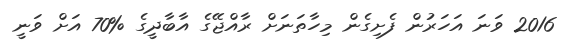
2016 ވަނަ އަހަރުން ފެށިގެން މިހާތަނަށް ރާއްޖޭގެ އާބާދީގެ %70 އަށް ވަނީ